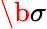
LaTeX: \b\sigma